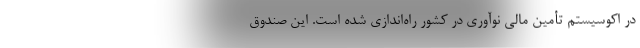
در اکوسیستم تأمین مالی نوآوری در کشور راه‌اندازی شده است. این صندوق